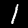
Label: 1